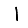
Digit: 1